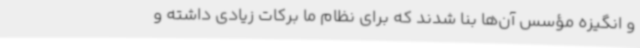
و انگیزه مؤسس آن‌ها بنا شدند که برای نظام ما برکات زیادی داشته و